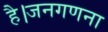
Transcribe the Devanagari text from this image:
है।जनगणना